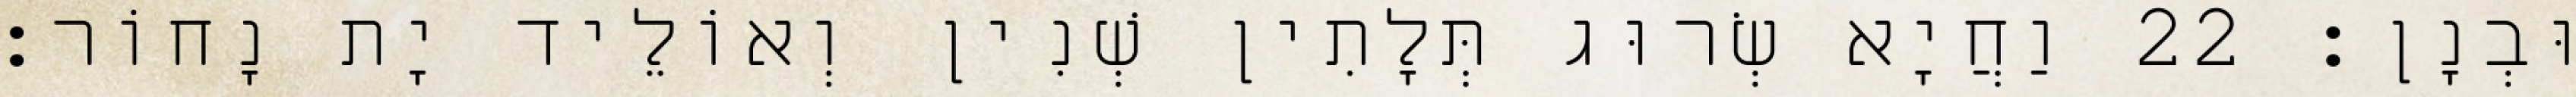
וּבְנָן׃ 22 וַחֲיָא שְׂרוּג תְּלָתִין שְׁנִין וְאוֹלֵיד יָת נָחוֹר׃